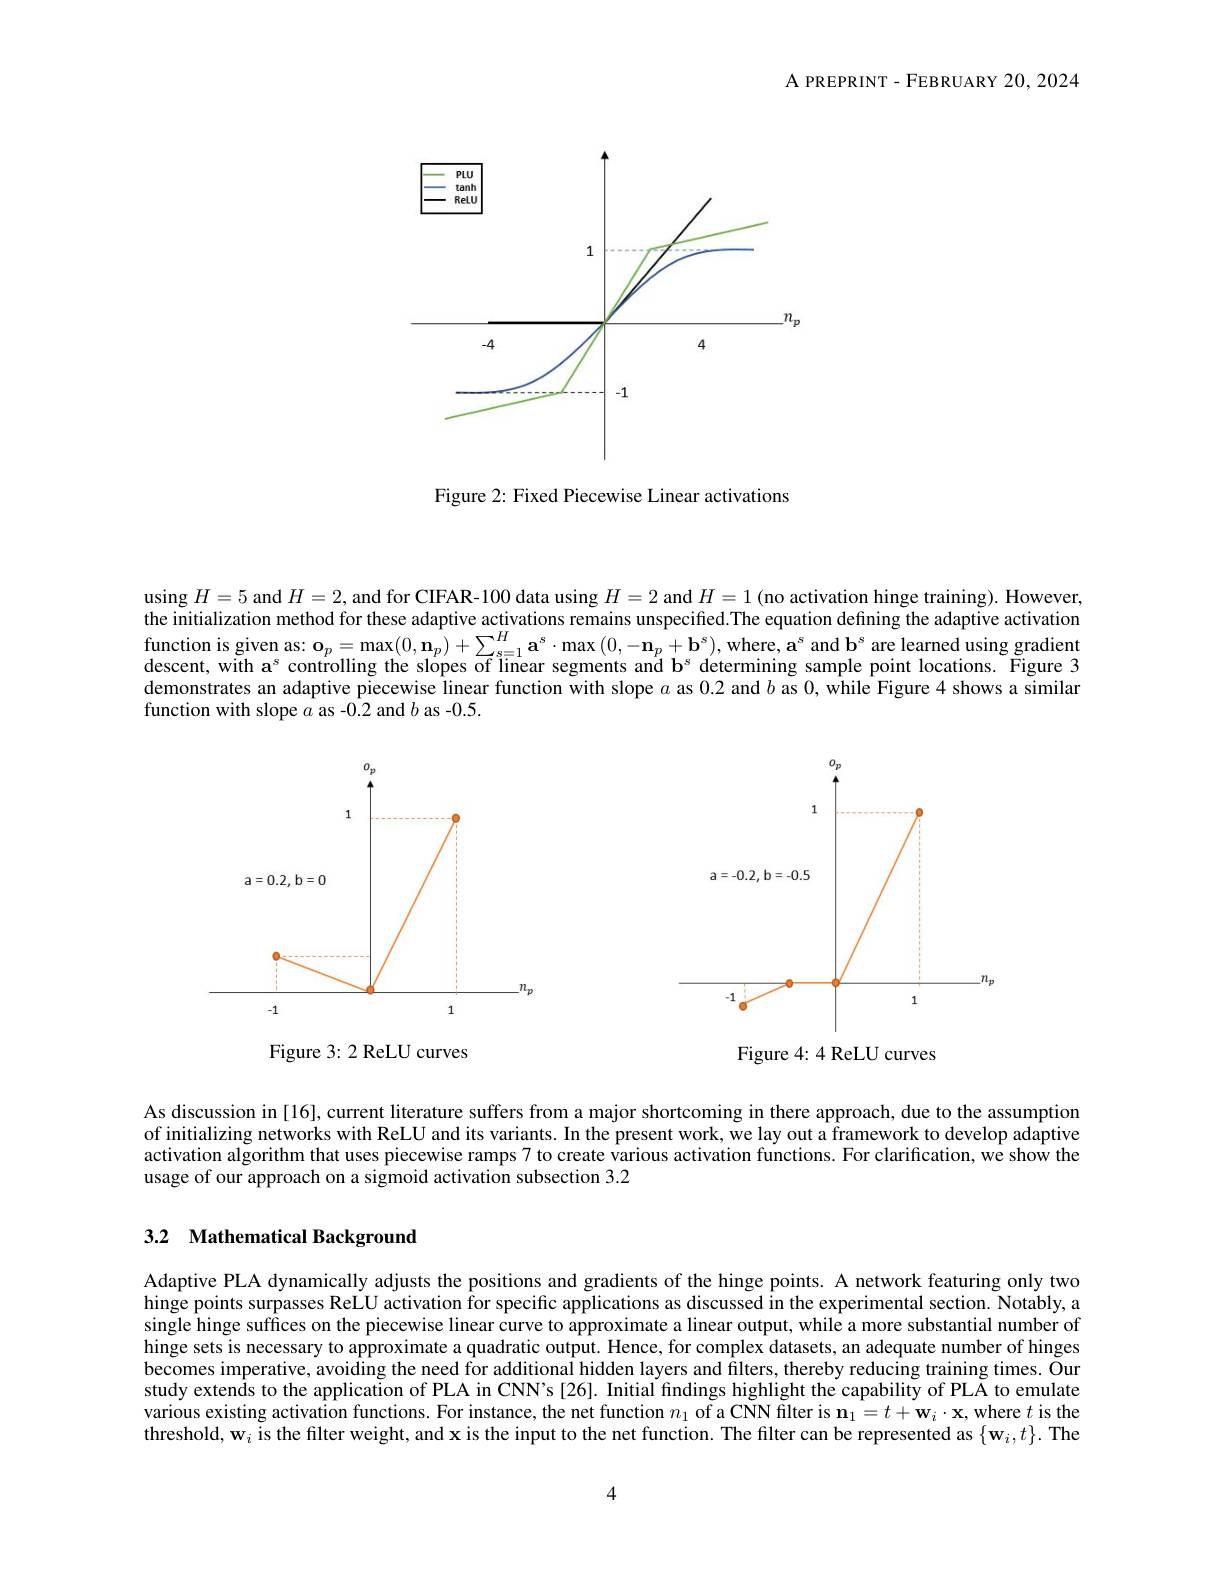
A PREPRINT- FEBRUARY 20, 2024

<FigureHere>

Figure 2: Fixed Piecewise Linear activations

using $H=5$ and $H=2$, and for CIFAR-100 data using $H=2$ and $H=1$ (no activation hinge training). However, the initialization method for these adaptive activations remains unspecified.The equation defining the adaptive activation $\begin{array}{ll}\text{function is given as: o}_p=\max(0,\mathbf{n}_p)+\sum_{s=1}^H\mathbf{a}^s\cdot\max(0,-\mathbf{n}_p+\mathbf{b}^s),\mathrm{where},\mathrm{a}^s\mathrm{~and~b}^s\mathrm{~are~learmed~using~gradient}\\\text{descent, with a}^s\mathrm{~controlling~the~slopes~of~linear~segments~and~b}^s\mathrm{~determining~sample~point~locations.~Figure~3}\end{array}$ demonstrates an adaptive piecewise linear function with slope $a$ as 0.2 and $b$ as 0, while Figure 4 shows a similar function with slope $a$ as -0.2 and $b$ as -0.5.

<FigureHere>

<FigureHere>

Figure 3: 2 ReLU curves

Figure 4: 4 ReLU curves

As discussion in [16], current literature suffers from a major shortcoming in there approach, due to the assumption of initializing networks with ReLU and its variants. In the present work, we lay out a framework to develop adaptive activation algorithm that uses piecewise ramps 7 to create various activation functions. For clarification, wê show the usage of our approach on a sigmoid activation subsection 3.2

## 3.2 Mathematical Background

Adaptive PLA dynamically adjusts the positions and gradients of the hinge points. A network featuring only two hinge points surpasses ReLU activation for specific applications as discussed in the experimental section. Notably, a single hinge suffices on the piecewise linear curve to approximate a linear output, while a more substantial number of hinge sets is necessary to approximate a quadratic output. Hence, for complex datasets, an adequate number of hinges becomes imperative, avoiding the need for additional hidden layers and filters, thereby reducing training times. Our study extends to the application of PLA in CNN's [26]. Initial findings highlight the capability of PLA to emulate various existing activation functions. For instance, the net function $n_1$ of a CNN filter is $\mathbf{n}_1=t+\mathbf{w}_i\cdot\mathbf{x}$, where $t$ is the threshold, w$_i$ is the filter weight, and x is the input to the net function. The filter can be represented as $\{\mathbf{w}_{i},t\}.$ The

4